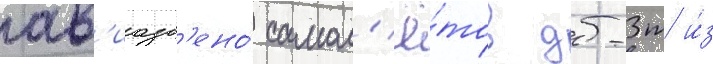
ав'иазв'ено́ самол'ё́тов дб-3т и́з